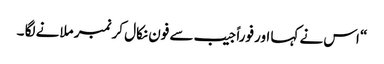
“ اس نے کہا اور فوراً جیب سے فون نکال کر نمبر ملانے لگا ۔